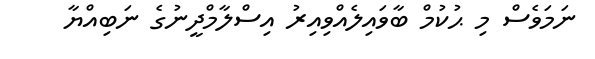
ނަމަވެސް މި ޙުކުމް ބާވައިލެއްވިއިރު އިސްލާމްދީނުގެ ނަބިއްޔާ